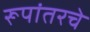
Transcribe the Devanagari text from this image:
रूपांतरचे